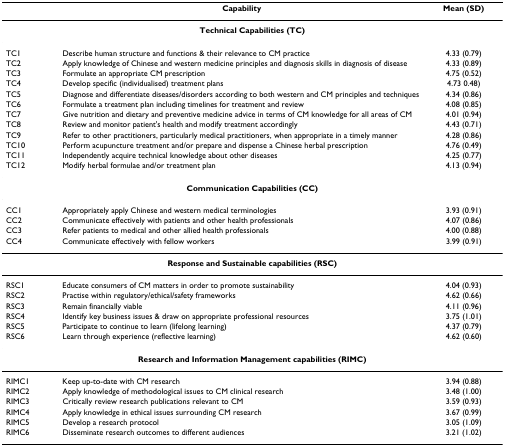
<table><thead><tr><td></td><td><b>Capability</b></td><td><b>Mean (SD)</b></td></tr></thead><tbody><tr><td colspan="3"><b>Technical Capabilities (TC)</b></td></tr><tr><td>TC1</td><td>Describe human structure and functions &amp; their relevance to CM practice</td><td>4.33 (0.79)</td></tr><tr><td>TC2</td><td>Apply knowledge of Chinese and western medicine principles and diagnosis skills in diagnosis of disease</td><td>4.33 (0.89)</td></tr><tr><td>TC3</td><td>Formulate an appropriate CM prescription</td><td>4.75 (0.52)</td></tr><tr><td>TC4</td><td>Develop specific (individualised) treatment plans</td><td>4.73 0.48)</td></tr><tr><td>TC5</td><td>Diagnose and differentiate diseases/disorders according to both western and CM principles and techniques</td><td>4.34 (0.86)</td></tr><tr><td>TC6</td><td>Formulate a treatment plan including timelines for treatment and review</td><td>4.08 (0.85)</td></tr><tr><td>TC7</td><td>Give nutrition and dietary and preventive medicine advice in terms of CM knowledge for all areas of CM</td><td>4.01 (0.94)</td></tr><tr><td>TC8</td><td>Review and monitor patient&#x27;s health and modify treatment accordingly</td><td>4.43 (0.71)</td></tr><tr><td>TC9</td><td>Refer to other practitioners, particularly medical practitioners, when appropriate in a timely manner</td><td>4.28 (0.86)</td></tr><tr><td>TC10</td><td>Perform acupuncture treatment and/or prepare and dispense a Chinese herbal prescription</td><td>4.76 (0.49)</td></tr><tr><td>TC11</td><td>Independently acquire technical knowledge about other diseases</td><td>4.25 (0.77)</td></tr><tr><td>TC12</td><td>Modify herbal formulae and/or treatment plan</td><td>4.13 (0.94)</td></tr><tr><td colspan="3"><b>Communication Capabilities (CC)</b></td></tr><tr><td>CC1</td><td>Appropriately apply Chinese and western medical terminologies</td><td>3.93 (0.91)</td></tr><tr><td>CC2</td><td>Communicate effectively with patients and other health professionals</td><td>4.07 (0.86)</td></tr><tr><td>CC3</td><td>Refer patients to medical and other allied health professionals</td><td>4.00 (0.88)</td></tr><tr><td>CC4</td><td>Communicate effectively with fellow workers</td><td>3.99 (0.91)</td></tr><tr><td colspan="3"><b>Response and Sustainable capabilities (RSC)</b></td></tr><tr><td>RSC1</td><td>Educate consumers of CM matters in order to promote sustainability</td><td>4.04 (0.93)</td></tr><tr><td>RSC2</td><td>Practise within regulatory/ethical/safety frameworks</td><td>4.62 (0.66)</td></tr><tr><td>RSC3</td><td>Remain financially viable</td><td>4.11 (0.96)</td></tr><tr><td>RSC4</td><td>Identify key business issues &amp; draw on appropriate professional resources</td><td>3.75 (1.01)</td></tr><tr><td>RSC5</td><td>Participate to continue to learn (lifelong learning)</td><td>4.37 (0.79)</td></tr><tr><td>RSC6</td><td>Learn through experience (reflective learning)</td><td>4.62 (0.60)</td></tr><tr><td colspan="3"><b>Research and Information Management capabilities (RIMC)</b></td></tr><tr><td>RIMC1</td><td>Keep up-to-date with CM research</td><td>3.94 (0.88)</td></tr><tr><td>RIMC2</td><td>Apply knowledge of methodological issues to CM clinical research</td><td>3.48 (1.00)</td></tr><tr><td>RIMC3</td><td>Critically review research publications relevant to CM</td><td>3.59 (0.93)</td></tr><tr><td>RIMC4</td><td>Apply knowledge in ethical issues surrounding CM research</td><td>3.67 (0.99)</td></tr><tr><td>RIMC5</td><td>Develop a research protocol</td><td>3.05 (1.09)</td></tr><tr><td>RIMC6</td><td>Disseminate research outcomes to different audiences</td><td>3.21 (1.02)</td></tr></tbody></table>